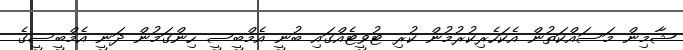
ޝާމިން މަސައްކަތުން އެކަހެރިކުރުމުން ކުރި ޓުވީޓެއްގައި ބުނީ އެމްބީސީ ހިންގަމުން ދަނީ އެމްބީސީގެ